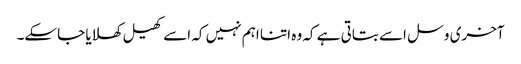
آخری وسل اسے بتاتی ہے کہ وہ اتنا اہم نہیں کہ اسے کھیل کھلایا جاسکے۔